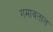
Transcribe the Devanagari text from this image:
गमावतात